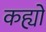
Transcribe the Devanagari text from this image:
कह्यों